Proceedings of the meeting of veterinary officers in India
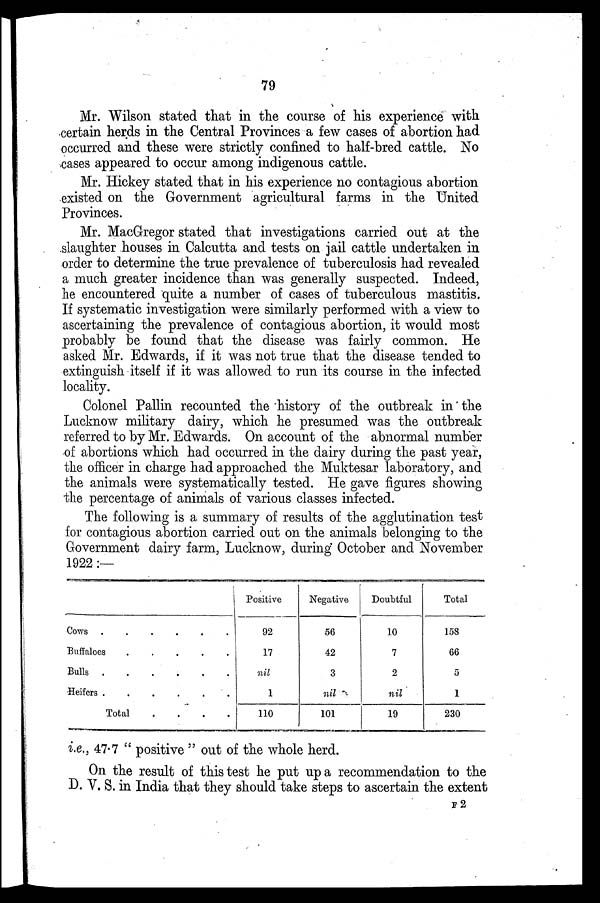
79
Mr. Wilson stated that in the course of his experience with
certain herds in the Central Provinces a few cases of abortion had
occurred and these were strictly confined to half-bred cattle. No
cases appeared to occur among indigenous cattle.
Mr. Hickey stated that in his experience no contagious abortion
existed on the Government agricultural farms in the United
Provinces.
Mr. MacGregor stated that investigations carried out at the
slaughter houses in Calcutta and tests on jail cattle undertaken in
order to determine the true prevalence of tuberculosis had revealed
a much greater incidence than was generally suspected. Indeed,
he encountered quite a number of cases of tuberculous mastitis.
If systematic investigation were similarly performed with a view to
ascertaining the prevalence of contagious abortion, it would most
probably be found that the disease was fairly common. He
asked Mr. Edwards, if it was not true that the disease tended to
extinguish itself if it was allowed to run its course in the infected
locality.
Colonel Pallin recounted the history of the outbreak in the
Lucknow military dairy, which he presumed was the outbreak
referred to by Mr. Edwards. On account of the abnormal number
of abortions which had occurred in the dairy during the past year,
the officer in charge had approached the Muktesar laboratory, and
the animals were systematically tested. He gave figures showing
the percentage of animals of various classes infected.
The following is a summary of results of the agglutination test
for contagious abortion carried out on the animals belonging to the
Government dairy farm, Lucknow, during October and November
1922 :—
Cows
......
Buffaloes
.....
Bulls
.....
Heifers
......
Total
....
Positive
92
17
nil
1
110
Negative
56
42
3
nil
101
Doubtful
10
7
2
nil
19
Total
158
66
5
1
230
i.e., 47.7 " positive " out of the whole herd.
On the result of this test he put up a recommendation to the
D. V. S. in India that they should take steps to ascertain the extent
F 2